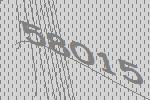
58015